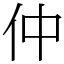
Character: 仲